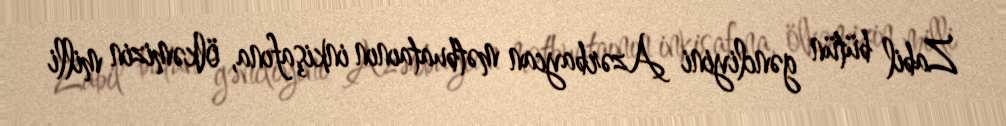
Zabil bütün gəncliyini Azərbaycan mətbuataının inkişafına, ölkəmizin milli